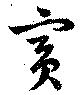
賓